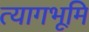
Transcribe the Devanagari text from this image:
त्यागभूमि